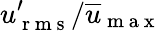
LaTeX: u_{\mathrm{~r~m~s~}}^{\prime}/\overline{{u}}_{\mathrm{~m~a~x~}}